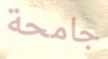
جامحة